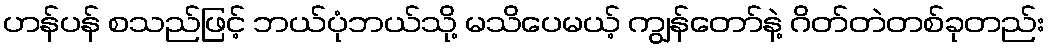
ဟန်ပန် စသည်ဖြင့် ဘယ်ပုံဘယ်သို့ မသိပေမယ့် ကျွန်တော်နဲ့ ဂိတ်တဲတစ်ခုတည်း